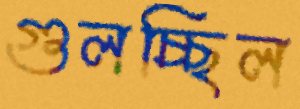
গুলচ্ছিল